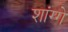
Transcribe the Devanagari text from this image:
शांग्गे